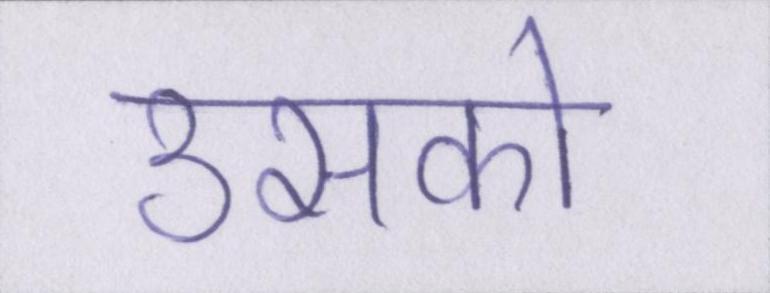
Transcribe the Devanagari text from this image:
उसको